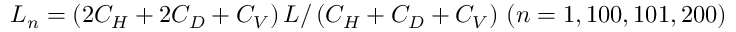
L _ { n } = \left( 2 C _ { H } + 2 C _ { D } + C _ { V } \right) L / \left( C _ { H } + C _ { D } + C _ { V } \right) \, ( n = 1 , 1 0 0 , 1 0 1 , 2 0 0 )